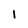
Character: 1